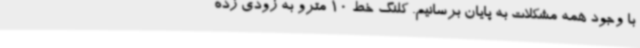
با وجود همه مشکلات به پایان برسانیم. کلنگ خط 10 مترو به زودی زده